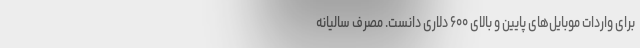
برای واردات موبایل‌های پایین و بالای ۶۰۰ دلاری دانست. مصرف سالیانه